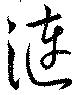
漣